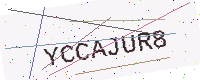
Text: YCCAJUR8